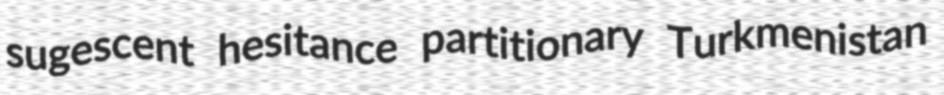
sugescent hesitance partitionary Turkmenistan